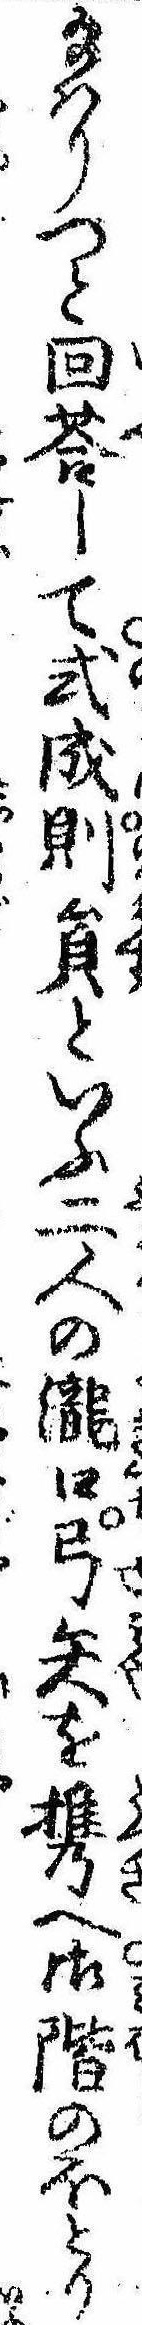
給はりつと回答して式成則員といふ二人の滝口弓矢を携へ御階のほとり